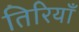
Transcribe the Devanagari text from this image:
तिरियाँ